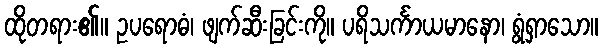
ထိုတရား၏။ ဥပရောဓံ၊ ဖျက်ဆီးခြင်းကို။ ပရိသင်္ကာယမာနော၊ ရွံရှာသော။